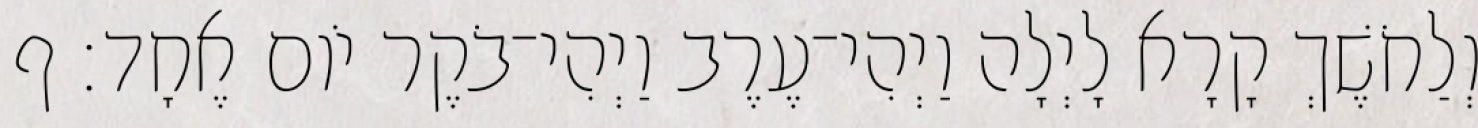
וְלַחֹשֶׁךְ קָרָא לָיְלָה וַיְהִי־עֶרֶב וַיְהִי־בֹקֶר יֹום אֶחָד׃ ף